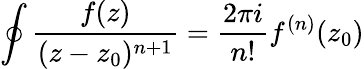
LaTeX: \oint\frac{f(z)}{(z-z_{0})^{n+1}}=\frac{2\pi i}{n!}f^{(n)}(z_{0})